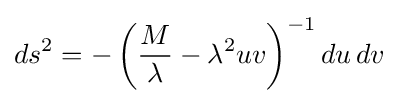
ds^{2}=-\left({\frac {M}{\lambda }}-\lambda ^{2}uv\right)^{-1}du\,dv